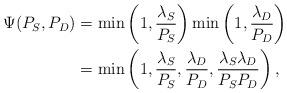
LaTeX: \begin{align*}\Psi(P_{S}, P_{D}) & = \min\left(1, \frac{\lambda_S}{P_S}\right)\min\left(1, \frac{\lambda_D}{P_D}\right) \\& = \min \left( 1, \frac{\lambda_{S}}{P_{S}}, \frac{\lambda_{D}}{P_{D}}, \frac{\lambda_{S}\lambda_{D}}{P_{S} P_{D}} \right),\end{align*}